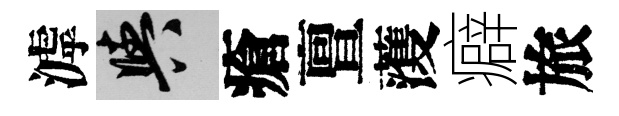
滹阳瘡亶𮑮癖旅